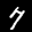
Label: 7